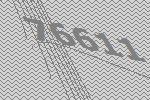
76611